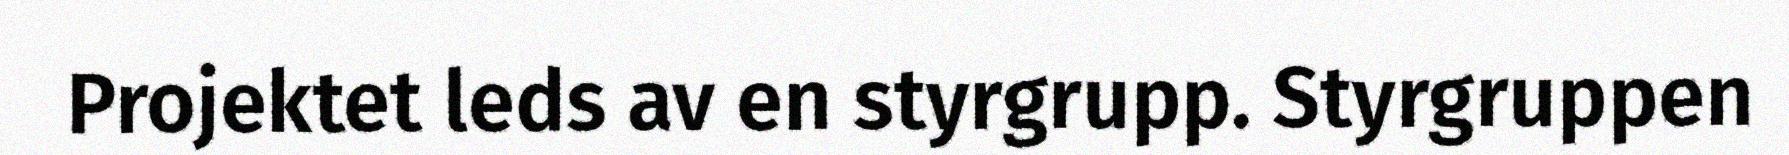
Projektet leds av en styrgrupp. Styrgruppen